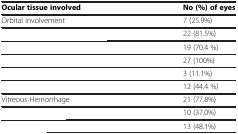
<table><thead><tr><td colspan="2">[EMPTY_CELL]</td></tr></thead><tbody><tr><td><b>Ocular tissue involved</b></td><td><b>No (%) of eyes</b></td></tr><tr><td>Orbital involvement</td><td>7 (25.9%)</td></tr><tr><td>[EMPTY_CELL]</td><td>22 (81.5%)</td></tr><tr><td>[EMPTY_CELL]</td><td>19 (70.4 %)</td></tr><tr><td>[EMPTY_CELL]</td><td>27 (100%)</td></tr><tr><td>[EMPTY_CELL]</td><td>3 (11.1%)</td></tr><tr><td>[EMPTY_CELL]</td><td>12 (44.4 %)</td></tr><tr><td>Vitreous Hemorrhage</td><td>21 (77.8%)</td></tr><tr><td>[EMPTY_CELL]</td><td>10 (37.0%)</td></tr><tr><td>[EMPTY_CELL]</td><td>13 (48.1%)</td></tr></tbody></table>